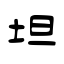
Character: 坦